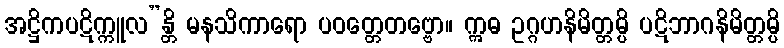
အဋ္ဌိကပဋိက္ကူလ”န္တိ မနသိကာရော ပဝတ္တေတဗ္ဗော။ ဣဓ ဥဂ္ဂဟနိမိတ္တမ္ပိ ပဋိဘာဂနိမိတ္တမ္ပိ